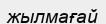
жылмағай